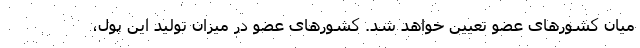
میان کشورهای عضو تعیین خواهد شد. کشورهای عضو در میزان تولید این پول،